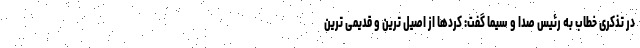
در تذکری خطاب به رئیس صدا و سیما گفت: کردها از اصیل ترین و قدیمی ترین